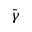
\bar { \gamma }